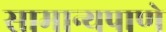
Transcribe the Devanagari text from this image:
सामान्यपाणे